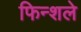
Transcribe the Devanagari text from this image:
फिन्शले